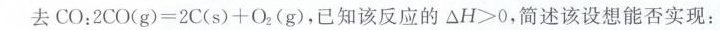
去$$C O：2 C O ( g ) = 2 C ( s ) + O _ { 2 } ( g )$$，已知该反应的$$△ H > 0$$，简述该设想能否实现：